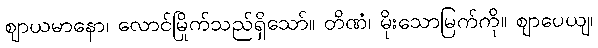
ဈာယမာနော၊ လောင်မြိုက်သည်ရှိသော်။ တိဏံ၊ မိုးသောမြက်ကို။ ဈာပေယျ၊